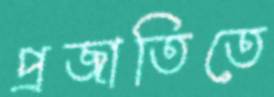
প্রজাতিতে